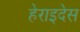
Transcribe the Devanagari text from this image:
हेराइदेस